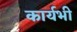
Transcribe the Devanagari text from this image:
कार्यभी